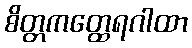
စိတ္တကတ္ထေရဂါထာ